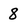
Character: 8